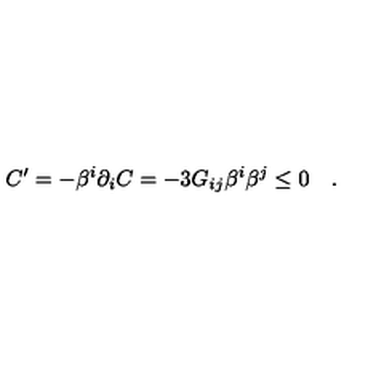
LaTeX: C ^ { \prime } = - \beta ^ { i } \partial _ { i } C = - 3 G _ { i j } \beta ^ { i } \beta ^ { j } \leq 0 \quad .